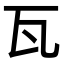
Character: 瓦